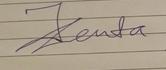
Signature authenticity: genuine